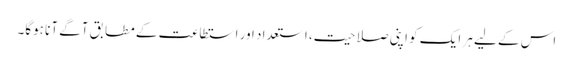
اس کے لیے ہر ایک کو اپنی صلاحیت، استعداد اور استطاعت کے مطابق آگے آنا ہوگا۔